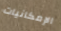
الإمكانيات